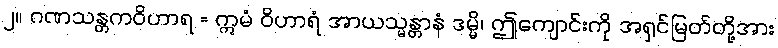
၂။ ဂဏသန္တကဝိဟာရ = ဣမံ ဝိဟာရံ အာယသ္မန္တာနံ ဒမ္မိ၊ ဤကျောင်းကို အရှင်မြတ်တို့အား